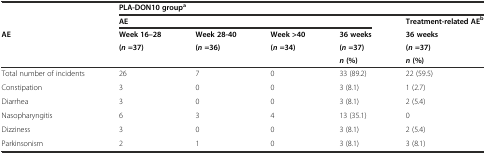
|  | <COLSPAN=5> PLA-DON10 groupa |
 |  | <COLSPAN=4> AE | Treatment-related AEb |
 | <ROWSPAN=3> AE | Week 16–28 | Week 28-40 | Week >40 | 36 weeks | 36 weeks |
 | <ROWSPAN=2> (n=37) | <ROWSPAN=2> (n=36) | <ROWSPAN=2> (n=34) | (n=37) | (n=37) |
 | n(%) | n(%) |
 | --- | --- | --- | --- | --- | --- |
 | Total number of incidents | 26 | 7 | 0 | 33 (89.2) | 22 (59.5) |
 | Constipation | 3 | 0 | 0 | 3 (8.1) | 1 (2.7) |
 | Diarrhea | 3 | 0 | 0 | 3 (8.1) | 2 (5.4) |
 | Nasopharyngitis | 6 | 3 | 4 | 13 (35.1) | 0 |
 | Dizziness | 3 | 0 | 0 | 3 (8.1) | 2 (5.4) |
 | Parkinsonism | 2 | 1 | 0 | 3 (8.1) | 3 (8.1) |